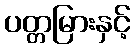
ပတ္တမြားနှင့်